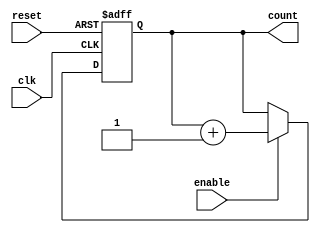
module dynamic_asynchronous_counter (
    input wire clk,            // Clock input
    input wire reset,          // Asynchronous reset
    input wire enable,         // Enable input
    output reg [3:0] count     // 4-bit counter output
);

    // Asynchronous reset and counting logic
    always @(posedge clk or posedge reset) begin
        if (reset) begin
            count <= 4'b0000;  // Reset counter to 0
        end else if (enable) begin
            count <= count + 1; // Increment counter
        end
    end

endmodule